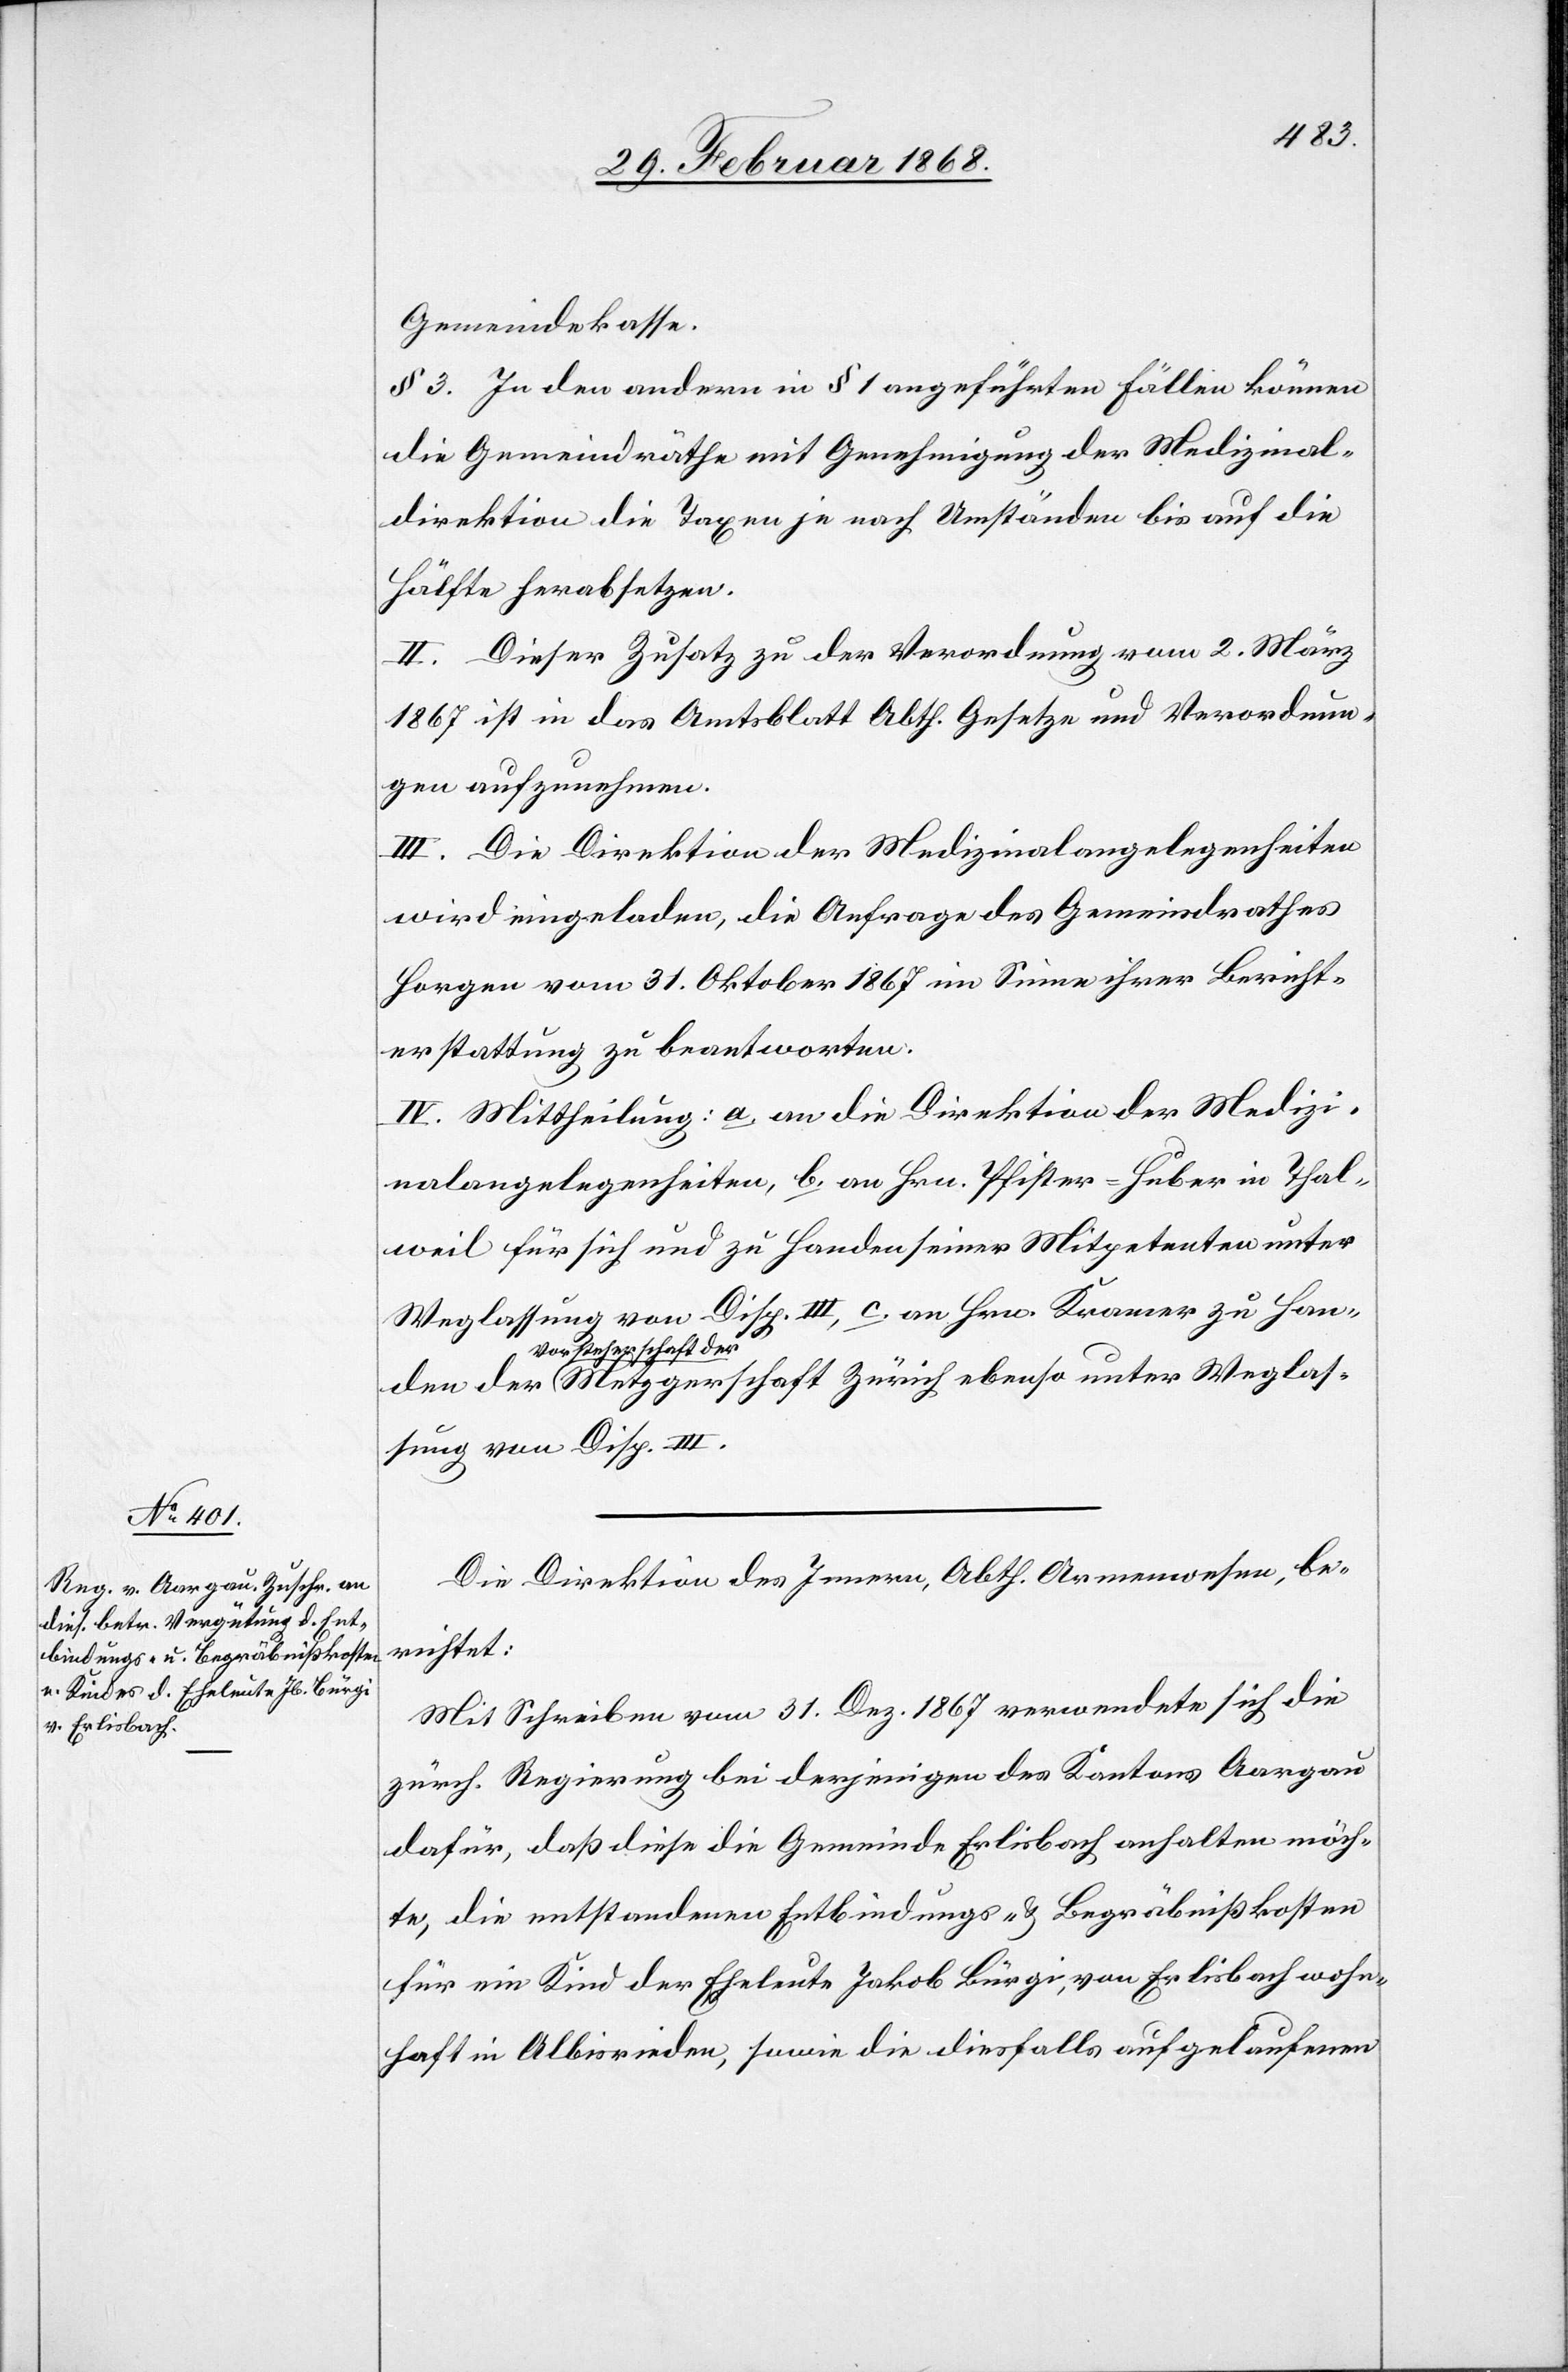
Die Direktion des Innern, Abth. Armenwesen, be¬
richtet:
Mit Schreiben vom 31. Dez. 1867 verwendete sich die
zürch. Regierung bei derjenigen des Kantons Aargau
dafür, daß diese die Gemeinde Erlisbach anhalten möch¬
te, die entstandenen Entbindungs- & Begräbnißkosten
für ein Kind der Eheleute Jakob Bürgi, von Erlisbach wohn¬
haft in Albisrieden, sowie die diesfalls aufgelaufenen